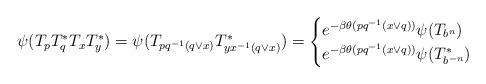
LaTeX: \begin{align*}\psi(T_pT_q^*T_xT_y^*) = \psi(T_{pq^{-1}(q \vee x)}T_{yx^{-1}(q \vee x)}^*)=\begin{cases}e^{-\beta \theta(pq^{-1}(x\vee q))} \psi(T_{b^n}) &\\e^{-\beta \theta(pq^{-1}(x\vee q))} \psi(T_{b^{-n}}^*) &\end{cases} \end{align*}